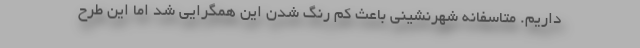
داریم. متاسفانه شهرنشینی باعث کم رنگ شدن این همگرایی شد اما این طرح